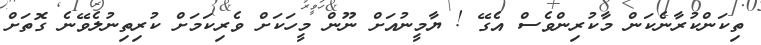
ތިކަންކުރާނެކަން މާކުރިންވެސް އެގޭ ! ޔާމީނުއަށް ނޫން މީހަކަށް ވެރިކަމަށް ކުރިތިނުލެވޭނެ ގޮތަށް